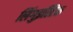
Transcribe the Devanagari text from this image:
लिंगुइस्टिक